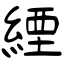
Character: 緸